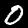
Label: 0